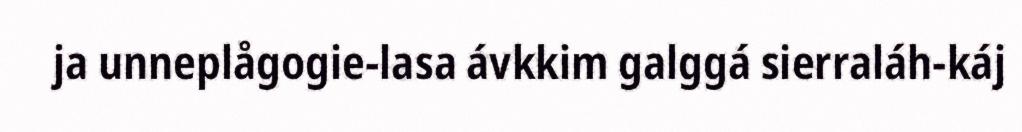
ja unneplågogie-lasa ávkkim galggá sierraláh-káj